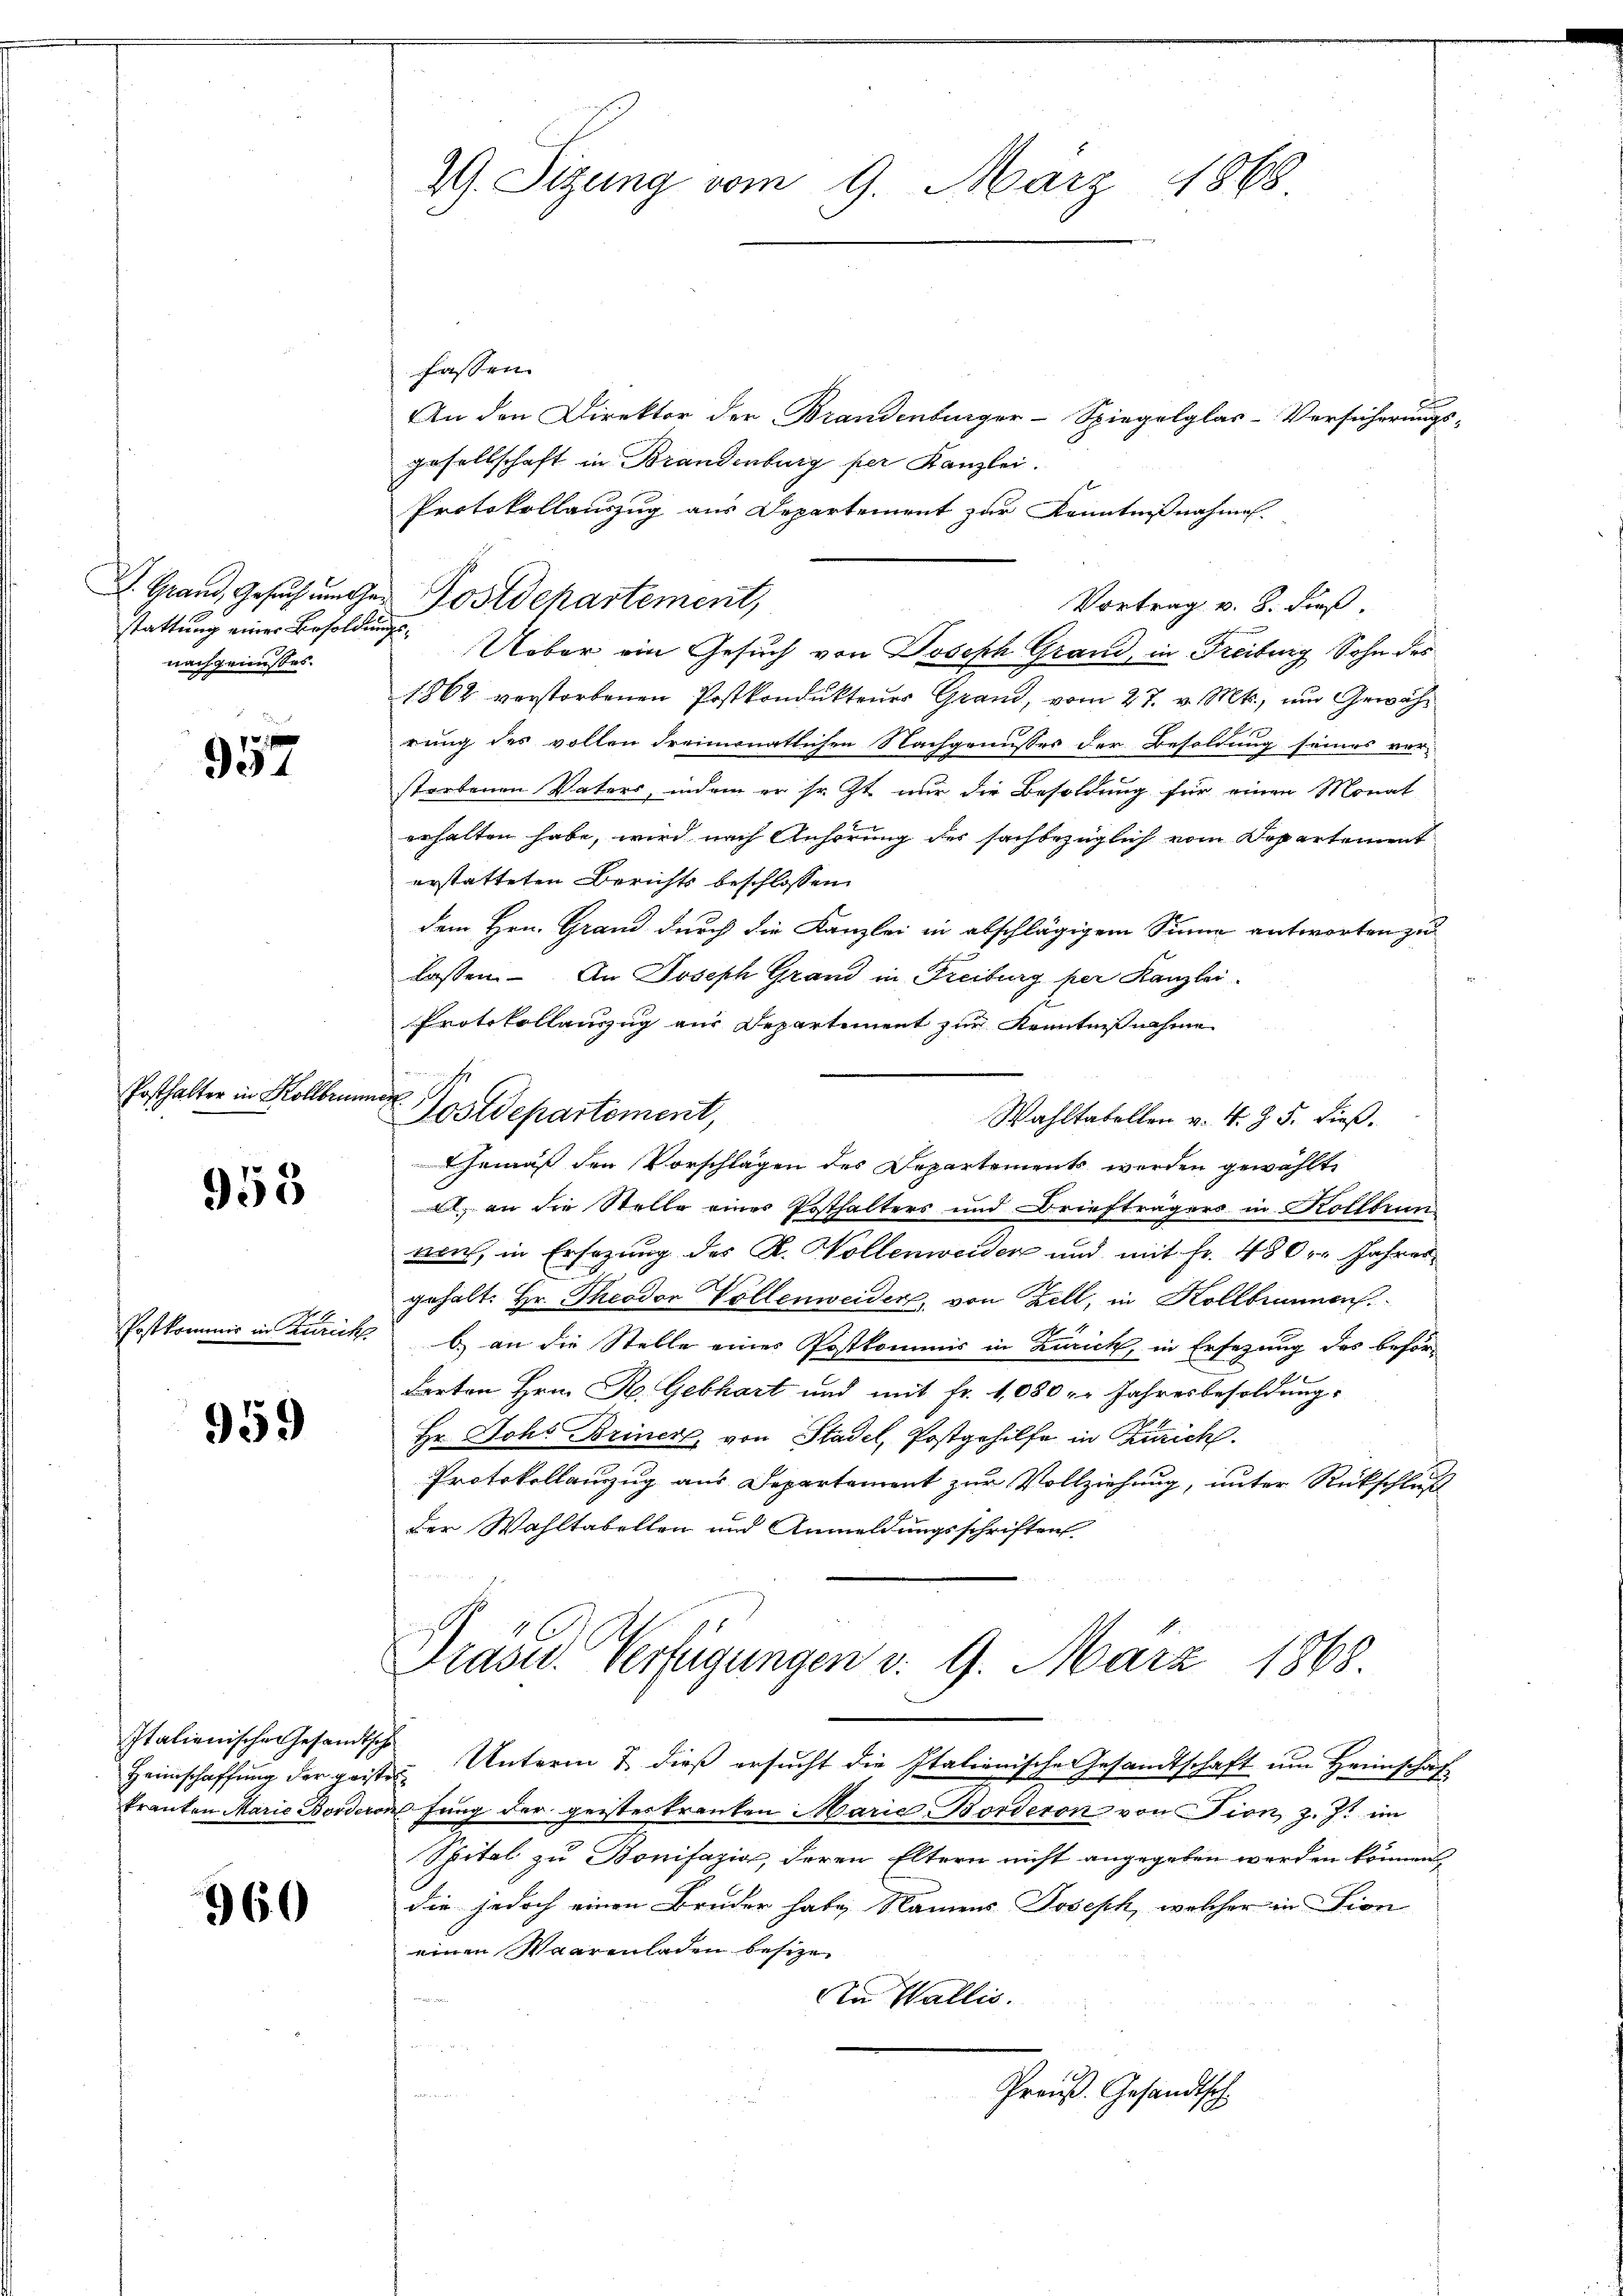
stattung einer Besoldungsnachgenusses.

957

Posthalter in Kollbru

953

Postkommis in Zürich

959

Italienische Gesandtsche

960

fassen.
An den Direktor der Brandenburger-Spiegelglas-Versicherungs-
gesellschaft in Brandenburg per Kanzlei.
Protokollauszug aus Departement zur Kenntnißnahmen.
Vortrag v. 8. dieß,
Ueber ein Gesuch von Joseph Grand, in Freiburg Sohn des
1862 verstorbenen Postkondŭkteŭer Grand, vom 27. v. Mts., ŭm Gewährung des vollen dreimonatlichen Nachgenusses der Besoldung seines vor-
storbenen Vaters, indem er so zt nur die Besoldung für einen Monat
erhalten habe, wird nach Anhörung des sachbezüglich vom Departement
erstatteten Berichts beschlossen:
dem Hrn. Grand durch die Kanzlei in abschlägigem Sinne antworten zu
lassen. An Joseph Grand in Freiburg per Kanzlei
Protokollauszug aus Departement zur Kenntnißnahme
mner
Postdepartement,
Wahltatellen v. 4. Z. 5. dieß.
Gemäß den Vorschlägen des Departement werden gewählte
A. an die Stelle eines Posthalters und Briefträgers in Kollbrun
auch, in Ersezung des K. Wollenweider und mit Fr. 480. Jahres
gehalt: Hr. Theodor Vollenweider, von Zell, in Kollbrunnen.
b) an die Stelle eines Postkommis in Zürich, in Ersezung des beförderten Hrn. R. Gebhart und mit Fr. 1080 u. Jahresbesoldung.
Hr. Johs. Briner, von Stadel, Postgehilfe in Zürich
Protokollauszug aus Departement zur Vollziehung, unter Rückschluß
Der Wahltabellen und Anmeldungsschriften

Z. Sitzung vom 9. März 1868

L. Grand, Gesuch umges Postdepartement,

Präsid. Verfügungen v. 9. März 1868.

Heimschaffŭng der geiste Unterm 7. dieß ersŭcht die Italienische Gesandtschaft um Heimschaf
tranten Marie Borderon fung der geisterkranten Marie Borderon von Fion, z. Zt. im
Spital zu Bonifazig, deren Eltern nicht angegeben werden können
die jedoch einen Bruder habe, Namens Joseph, welcher in Lion
einen Waarenladen besize
An Wallis.
.
Preuß. Gesandtsch